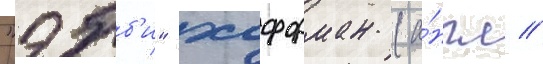
"эбб'и" хоффман (а́нгл //